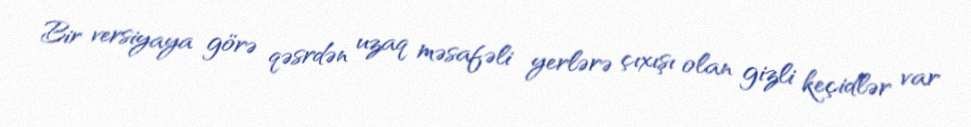
Bir versiyaya görə qəsrdən uzaq məsafəli yerlərə çıxışı olan gizli keçidlər var